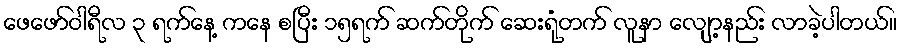
ဖေဖော်ဝါရီလ ၃ ရက်နေ့ ကနေ စပြီး ၁၅ရက် ဆက်တိုက် ဆေးရုံတက် လူနာ လျော့နည်း လာခဲ့ပါတယ်။